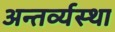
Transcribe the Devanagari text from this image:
अन्तर्व्यस्था